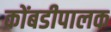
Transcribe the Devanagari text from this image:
कोंबडीपालक